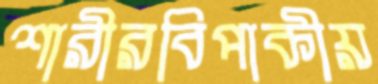
শারীরবিপাকীয়